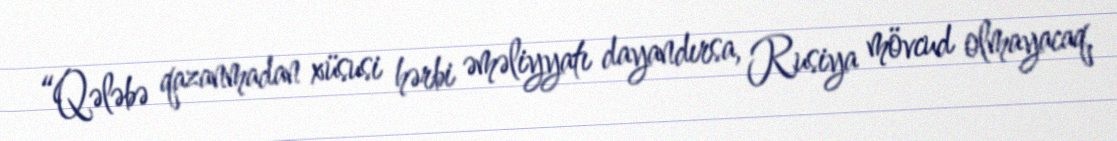
“Qələbə qazanmadan xüsusi hərbi əməliyyatı dayandırsa, Rusiya mövcud olmayacaq,